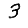
Digit: 3